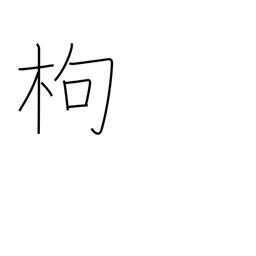
Meaning: quince tree